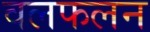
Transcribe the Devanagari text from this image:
वलफलन